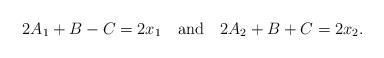
LaTeX: \begin{align*}2A_1 + B - C = 2x_1\ \ \mbox{ and }\ \ 2A_2 + B + C = 2x_2.\end{align*}